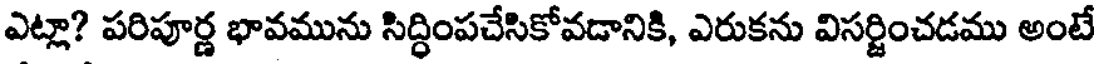
ఎట్లా? పరిపూర్ణ భావమును సిద్ధింపచేసికోవడానికి, ఎరుకను విసర్జించడము అంటే